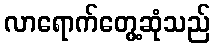
လာရောက်တွေ့ဆုံသည်